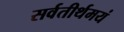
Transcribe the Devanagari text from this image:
सर्वतीर्थमयं